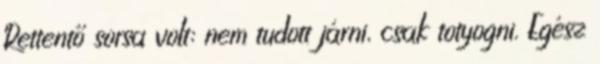
Rettentő sorsa volt: nem tudott járni, csak totyogni. Egész